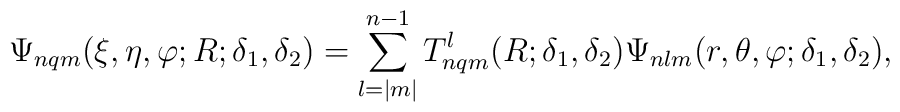
\Psi_{nqm}(\xi,\eta,\varphi; R; \delta_1,\delta_2) =\sum_{l=|m|}^{n-1} T_{nqm}^{l}(R; \delta_1,\delta_2)\Psi_{nlm}(r,\theta,\varphi;\delta_1,\delta_2),